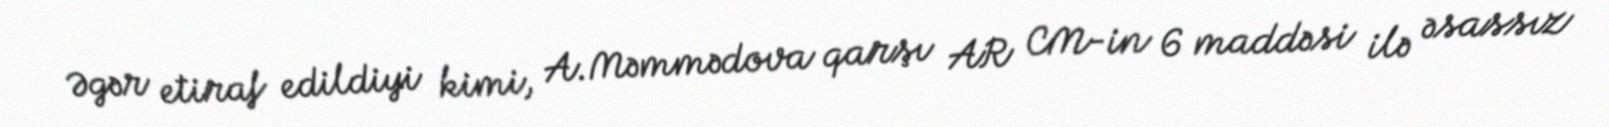
Əgər etiraf edildiyi kimi, A.Məmmədova qarşı AR CM-in 6 maddəsi ilə əsassız